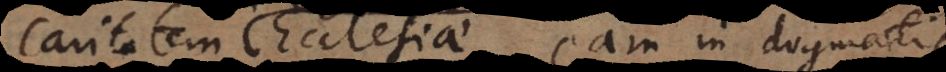
tatem Ecclesiae, eam in dogmatis